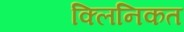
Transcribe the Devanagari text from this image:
क्लिनिकत